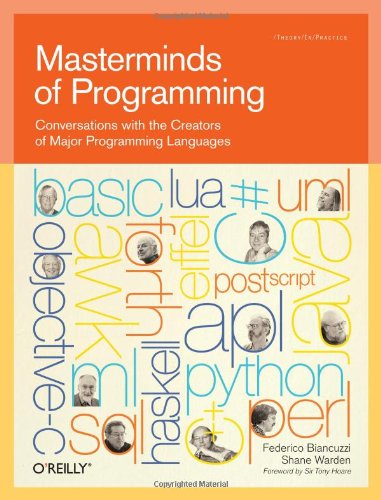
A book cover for Masterminds of Programming: Conversations with the Creators of Major Programming Languages (Theory in Practice (O'Reilly)); Federico Biancuzzi; Computers & Technology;